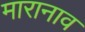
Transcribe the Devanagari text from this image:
मारानाव